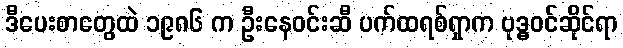
ဒီပေးစာတွေထဲ ၁၉၈၆ က ဦးနေဝင်းဆီ ပက်ထရစ်ရှာက ဗုဒ္ဓဝင်ဆိုင်ရာ